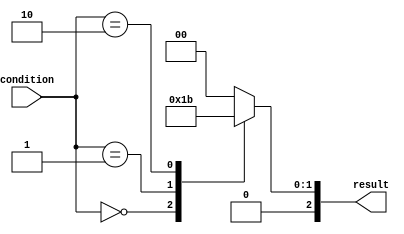
module unique_case_statement (
    input [2:0] condition,
    output reg [2:0] result
);

always @*
begin
    case (condition)
        3'b000: result = 3'b001; // Condition 1
        3'b001: result = 3'b010; // Condition 2
        3'b010: result = 3'b011; // Condition 3
        default: result = 3'b000; // Default condition
    endcase
end

endmodule